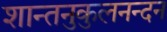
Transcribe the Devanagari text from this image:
शान्तनुकुलनन्दन